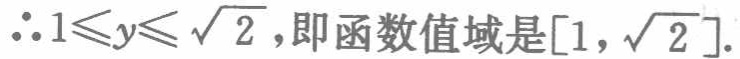
$\therefore 1\leqslant y\leqslant\sqrt{2},\text{即函数值域是}[1,\sqrt{2}].$